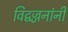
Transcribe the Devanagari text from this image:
विद्वज्जनांनी